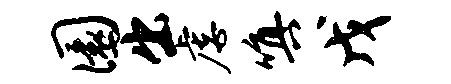
圜出虐嗔戊